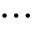
\cdots